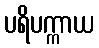
ပရိပက္ကာယ